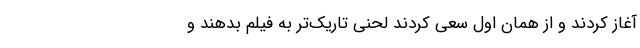
آغاز کردند و از همان اول سعی کردند لحنی تاریک‌تر به فیلم بدهند و